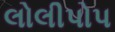
લોલીપોપ